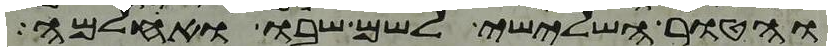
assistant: והטור השלישי לשם שבו ואחלמה